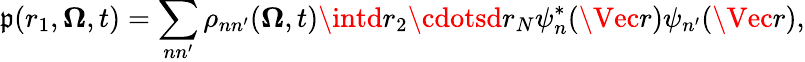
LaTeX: \mathfrak{p}(r_{1},\mathbf{{\Omega}},t)=\sum_{nn^{\prime}}\rho_{nn^{\prime}}(\mathbf{{\Omega}},t)\intd{r}_{2}\cdotsd{r}_{N}\psi_{n}^{*}(\Vec{r})\psi_{n^{\prime}}(\Vec{r}),